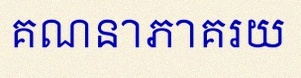
គណនាភាគរយ